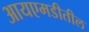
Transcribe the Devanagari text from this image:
आयएमडीतील